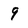
Character: 9